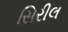
સિરીલ